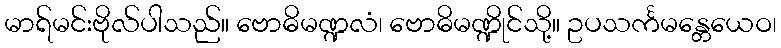
မာရ်မင်းဗိုလ်ပါသည်။ ဗောဓိမဏ္ဍလံ၊ ဗောဓိမဏ္ဍိုင်သို့။ ဥပသင်္ကမန္တေယေဝ၊